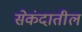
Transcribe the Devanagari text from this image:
सेकंदातील